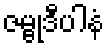
ဇမ္ဗုဒီပါနံ